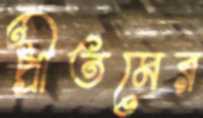
প্রীতমের